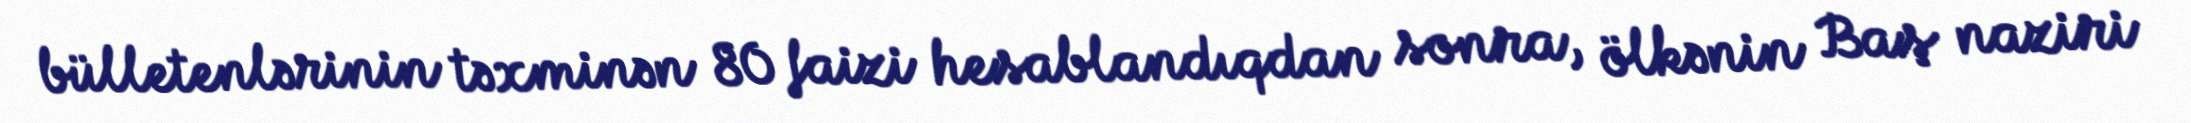
bülletenlərinin təxminən 80 faizi hesablandıqdan sonra, ölkənin Baş naziri